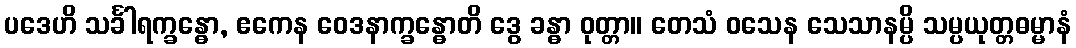
ပဒေဟိ သင်္ခါရက္ခန္ဓော, ဧကေန ဝေဒနာက္ခန္ဓောတိ ဒွေ ခန္ဓာ ဝုတ္တာ။ တေသံ ဝသေန သေသာနမ္ပိ သမ္ပယုတ္တဓမ္မာနံ